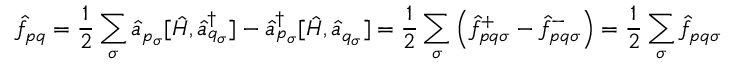
\hat { f } _ { p q } = \frac { 1 } { 2 } \sum _ { \sigma } \hat { a } _ { p _ { \sigma } } [ \hat { H } , \hat { a } _ { q _ { \sigma } } ^ { \dagger } ] - \hat { a } _ { p _ { \sigma } } ^ { \dagger } [ \hat { H } , \hat { a } _ { q _ { \sigma } } ] = \frac { 1 } { 2 } \sum _ { \sigma } \left( \hat { f } _ { p q \sigma } ^ { + } - \hat { f } _ { p q \sigma } ^ { - } \right) = \frac { 1 } { 2 } \sum _ { \sigma } \hat { f } _ { p q \sigma }